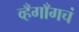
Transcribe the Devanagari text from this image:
व्हँगाँगचं